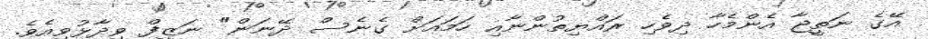
އޭގެ ނަތީޖާ އެންމެހާ ދިވެހި ރައްޔިތުންނާއި ހަމައަށް ގެނެސް ދޭނަން" ނަޒީފް ވިދާޅުވިއެވެ.